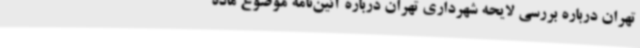
تهران درباره بررسی لایحه شهرداری تهران درباره آئین‌نامه موضوع ماده